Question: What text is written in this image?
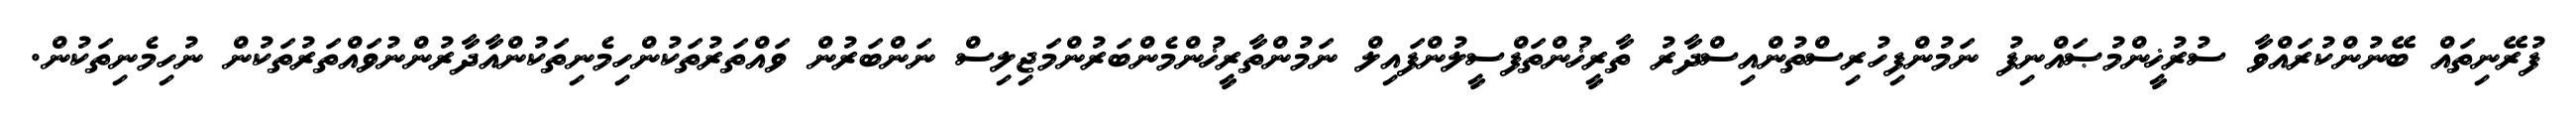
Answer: ފުރޭނިތައް ބޭނުންކުރައްވާ ސުރުޚީންމުޞައްނިފު ނަމުންފިހުރިސްތުންއިސްދާރު ތާރީޚުންތަފްސީލުންފައިލް ނަމުންތާރީޚުންމެންބަރުންމަޖިލިސް ނަންބަރުން ވައްތަރުތަކުންހިމެނިތަކުންއާދާރުންނުވައްތަރުތަކުން ނުހިމެނިތަކުން.